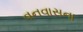
વનવાસના